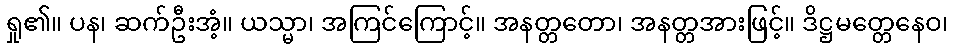
ရှု၏။ ပန၊ ဆက်ဦးအံ့။ ယသ္မာ၊ အကြင်ကြောင့်။ အနတ္တတော၊ အနတ္တအားဖြင့်။ ဒိဋ္ဌမတ္တေနေဝ၊